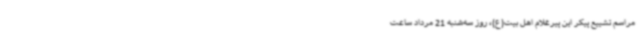
مراسم تشییع پیکر این پیرغلام اهل بیت‌(ع)، روز سه‌شنبه 21 مرداد ساعت